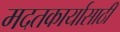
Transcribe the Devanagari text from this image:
मदतकार्यासाठी